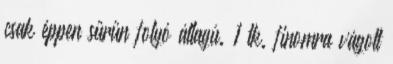
csak éppen sűrűn folyó állagú. 1 tk. finomra vágott